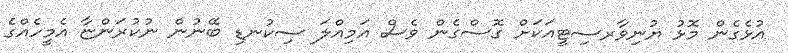
އުޅެގެން މޮޅު ޔުނިވާރސިޓީއަކަށް ގޮސްގެން ވެސް އަމިއްލަ ސިކުނޑި ބޭނުން ނުކުރަންޏާ އެމީހެއްގެ